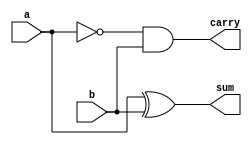
module halfsub(input a,b,
               output sum,carry);
  
  assign sum = a ^ b;
  assign carry = ~a & b;
  
endmodule


module halfsub_tb;
  
  reg a,b;
  wire sum,carry;
  
  halfsub uut(a,b,sum,carry);
  
  initial begin
    
    $monitor("time = %0t | a = %b |b = %b |sum = %b |result = %b",$time,a,b,sum,carry);
    
    a =0 ; b = 0; #10;
    
    a =0 ; b = 1; #10;
    
    a =1 ; b = 0; #10;
    
    a =1; b = 1; #10;
  end
  initial begin
    $dumpfile("halfsub.vcd");
    $dumpvars(1,halfsub_tb);
  end
endmodule